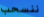
ننسحب